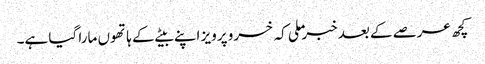
کچھ عرصے کے بعد خبر ملی کہ خسرو پرویز اپنے بیٹے کے ہاتھوں مارا گیا ہے۔